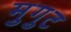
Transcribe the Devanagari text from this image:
मुगुट